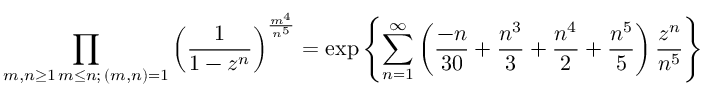
\prod _ { \substack { m , n \geq 1 \, m \leq n ; \, ( m , n ) = 1 } } \left( \frac { 1 } { 1 - z ^ { n } } \right) ^ { \frac { m ^ { 4 } } { n ^ { 5 } } } = \exp \left\{ \sum _ { n = 1 } ^ { \infty } \left( \frac { - n } { 3 0 } + \frac { n ^ { 3 } } { 3 } + \frac { n ^ { 4 } } { 2 } + \frac { n ^ { 5 } } { 5 } \right) \frac { z ^ { n } } { n ^ { 5 } } \right\}